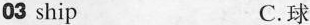
03 ship C. 球